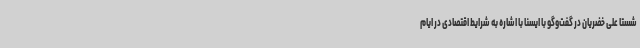
شستا علی خضریان در گفت‌وگو با ایسنا با اشاره به شرایط اقتصادی در ایام